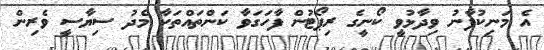
އެ މަނިކުފާނު ވިދާޅުވީ ކޯނީގެ ރިޕޯޓުން ފާހަގަވާ ކަންތައްތަކާ މެދު ސިޔާސީ ވެރިން